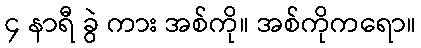
၄ နာရီ ခွဲ ကား အစ်ကို။ အစ်ကိုကရော။